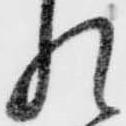
れ